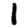
Digit: 1